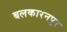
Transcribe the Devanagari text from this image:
बलकारनपुर